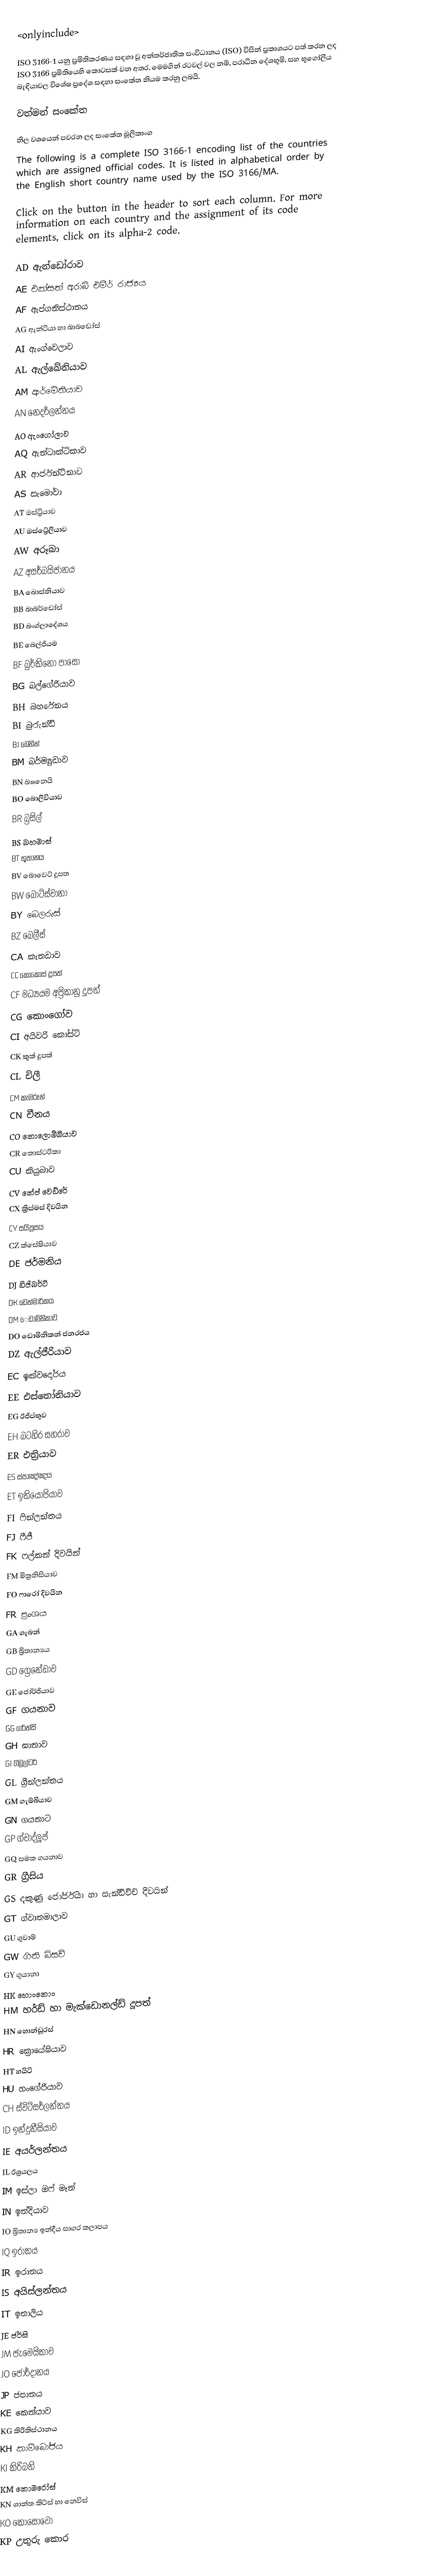
<onlyinclude>

ISO 3166-1 යනු ප්‍රමිතිකරණය සඳහා වූ අන්තර්ජාතික සංවිධානය (ISO) විසින් ප්‍රකාශයට පත් කරන ලද ISO 3166 ප්‍රමිතියෙහි කොටසක් වන අතර, මෙමගින් රටවල් වල නම්, පරාධීන දේශභූමි, සහ භූගෝලීය බැඳියාවල විශේෂ ප්‍රදේශ සඳහා සංකේත නියම කරනු ලබයි.

වත්මන් සංකේත

නිල වශයෙන් පවරන ලද සංකේත මූලිකාංග
The following is a complete ISO 3166-1 encoding list of the countries which are assigned official codes. It is listed in alphabetical order by the English short country name used by the ISO 3166/MA.

Click on the button in the header to sort each column. For more information on each country and the assignment of its code elements, click on its alpha-2 code.

	AD	ඇන්ඩෝරාව
	AE	එක්සත් අරාබි එමීර් රාජ්‍යය
	AF	ඇප්ගනිස්ථානය
	AG	ඇන්ටියා හා බාබඩෝස්
	AI	ඇංග්වෙලාව
	AL	ඇල්බේනියාව
	AM	ආර්මේනියාව
	AN	නෙදර්ලන්තය
	AO	ඇංගෝලාව
	AQ	ඇන්ටාක්ටිකාව
	AR	ආර්ජන්ටිනාව
	AS	සැමෝවා
	AT	ඔස්ට්‍රියාව
	AU	ඔස්ට්‍රේලියාව
	AW	අරූබා
	AZ	අසර්බයිජානය
	BA	බොස්නියාව
	BB	බාබර්ඩෝස්
	BD	බංග්ලාදේශය
	BE	බෙල්ජියම
	BF	බුර්කිනෝ පාසෝ
	BG	බල්ගේරියාව
	BH	බහරේනය
	BI	බුරුන්ඩි
	BJ	බෙනින්
	BM	බර්ම්‍යුඩාව
	BN	බෲනෙයි
	BO	බොලිවියාව
	BR	බ්‍රසිල්
	BS	බහමාස්
	BT	භූතානය
	BV	බොවෙට් දූපත
	BW	බොට්ස්වානා
	BY	බෙලරුස්
	BZ	බෙලීස්
	CA	කැනඩාව
	CC	කොකොස් දූපත්
	CF	මධ්‍යයම අප්‍රිකානු දූපත්
	CG	කොංගෝව
	CI	අයිවරි කෝස්ට්
	CK	කුක් දූපත්
	CL	චිලී
	CM	කැමරූන්
	CN	චීනය
	CO	කොලොම්බියාව
	CR	කොස්ටරිකා
	CU	කියුබාව
	CV	කේප් වෙඩ්රේ
	CX	ක්‍රිස්මස් දිවයින
	CY	සයිප්‍රසය
	CZ	ක්සේෂියාව
	DE	ජර්මනිය
	DJ	ඩිජිබර්ටි
	DK	ඩෙන්මාර්කය
	DM	ෙඩාමිනිකාව
	DO	ඩොමිනිකන් ජනරජය
	DZ	ඇල්ජීරියාව
	EC	ඉක්වදෝරය
	EE	එස්තෝනියාව
	EG	ඊජිප්තුව
	EH	බටහිර සහරාව
	ER	එත්‍රියාව
	ES	ස්පාඤ්ඤය
	ET	ඉතියොපියාව
	FI	ෆින්ලන්තය
	FJ	ෆීජී
	FK	ෆල්කන් දිවයින්
	FM	මික්‍රනිසියාව
	FO	ෆාරෝ දිවයින
	FR	ප්‍රංශය
	GA	ගැබන්
	GB	බ්‍රිතාන්‍යය
	GD	ග්‍රෙනේඩාව
	GE	ජෝර්ජියාව
	GF	ගයනා‍ව
	GG	ගර්න්සි
	GH	ඝානාව
	GI	ගිබ්‍රල්ටර්
	GL	ග්‍රීන්ලන්තය
	GM	ගැම්බියාව
	GN	ගයනාට
	GP	ග්වාද්ලූප්
	GQ	සමක ගයනාව
	GR	ග්‍රීසිය
	GS	දකුණු ජෝර්ජියා හා සැන්ඩිවිච් දිවයින්
	GT	ග්වාතමාලාව
	GU	ගුවාම්
	GW	ගිනි බිසව්
	GY	ගුයානා
	HK	හොංකොං
	HM	හර්ඩ් හා මැක්ඩොනල්ඩ් දූපත්
	HN	හොන්ඩූරස්
	HR	ක්‍රොයේෂියාව
	HT	හයිටි
	HU	හංගේරියාව
	CH	ස්විට්සර්ලන්තය
	ID	ඉන්දුනීසියාව
	IE	අයර්ලන්තය
	IL	ඊශ්‍රයලය
	IM	ඉස්ලා ඔෆ් මෑන්
	IN	ඉන්දියාව
	IO	බ්‍රිතාන්‍ය ඉන්දීය සාගර කලාපය
	IQ	ඉරාකය
	IR	ඉරානය
	IS	අයිස්ලන්තය
	IT	ඉතාලිය
	JE	ජර්සි
	JM	ජැමෙයිකාව
	JO	ජෝර්දානය
	JP	ජපානය
	KE	කෙන්යාව
	KG	කිරිකිස්ථානය
	KH	කාම්බෝජය
	KI	කිරිබති
	KM	කොමරෝස්
	KN	ශාන්ත කිට්ස් හා නෙවිස්
	KO	කොසෝවෝ
	KP	උතුරු කොර